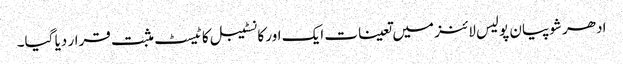
ادھر شوپیان پولیس لائنز میں تعینات ایک اور کانسٹیبل کا ٹیسٹ مثبت قرار دیا گیا۔